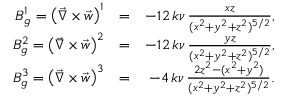
\begin{array} { r l r } { B _ { g } ^ { 1 } = \left( \vec { \nabla } \times \vec { w } \right) ^ { 1 } } & { = } & { - 1 2 \, k \nu \, \frac { x z } { ( x ^ { 2 } + y ^ { 2 } + z ^ { 2 } ) ^ { 5 / 2 } } , } \\ { B _ { g } ^ { 2 } = \left( \vec { \nabla } \times \vec { w } \right) ^ { 2 } } & { = } & { - 1 2 \, k \nu \, \frac { y z } { ( x ^ { 2 } + y ^ { 2 } + z ^ { 2 } ) ^ { 5 / 2 } } , } \\ { B _ { g } ^ { 3 } = \left( \vec { \nabla } \times \vec { w } \right) ^ { 3 } } & { = } & { - 4 \, k \nu \, \frac { 2 z ^ { 2 } - ( x ^ { 2 } + y ^ { 2 } ) } { ( x ^ { 2 } + y ^ { 2 } + z ^ { 2 } ) ^ { 5 / 2 } } . } \end{array}